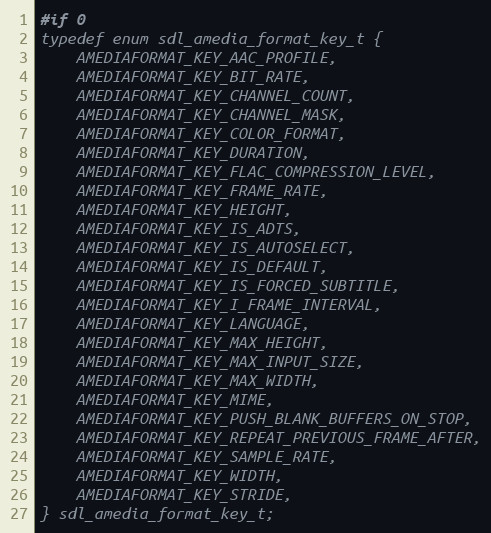
Language: C
#if 0
typedef enum sdl_amedia_format_key_t {
    AMEDIAFORMAT_KEY_AAC_PROFILE,
    AMEDIAFORMAT_KEY_BIT_RATE,
    AMEDIAFORMAT_KEY_CHANNEL_COUNT,
    AMEDIAFORMAT_KEY_CHANNEL_MASK,
    AMEDIAFORMAT_KEY_COLOR_FORMAT,
    AMEDIAFORMAT_KEY_DURATION,
    AMEDIAFORMAT_KEY_FLAC_COMPRESSION_LEVEL,
    AMEDIAFORMAT_KEY_FRAME_RATE,
    AMEDIAFORMAT_KEY_HEIGHT,
    AMEDIAFORMAT_KEY_IS_ADTS,
    AMEDIAFORMAT_KEY_IS_AUTOSELECT,
    AMEDIAFORMAT_KEY_IS_DEFAULT,
    AMEDIAFORMAT_KEY_IS_FORCED_SUBTITLE,
    AMEDIAFORMAT_KEY_I_FRAME_INTERVAL,
    AMEDIAFORMAT_KEY_LANGUAGE,
    AMEDIAFORMAT_KEY_MAX_HEIGHT,
    AMEDIAFORMAT_KEY_MAX_INPUT_SIZE,
    AMEDIAFORMAT_KEY_MAX_WIDTH,
    AMEDIAFORMAT_KEY_MIME,
    AMEDIAFORMAT_KEY_PUSH_BLANK_BUFFERS_ON_STOP,
    AMEDIAFORMAT_KEY_REPEAT_PREVIOUS_FRAME_AFTER,
    AMEDIAFORMAT_KEY_SAMPLE_RATE,
    AMEDIAFORMAT_KEY_WIDTH,
    AMEDIAFORMAT_KEY_STRIDE,
} sdl_amedia_format_key_t;